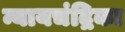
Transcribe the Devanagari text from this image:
न्यायचंद्रिका